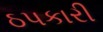
ઠપકારી